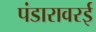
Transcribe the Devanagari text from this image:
पंडारावरई